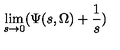
\lim _ { s \rightarrow 0 } ( \Psi ( s , \Omega ) + \frac { 1 } { s } )